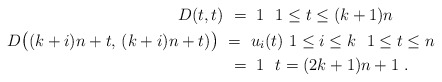
\begin{align*}D(t,t) &\ =\ 1 \ \ 1\leq t \leq (k+1)n \\D\big((k+i)n+t,\, (k+i)n+t)\big)\ & =\ u_i(t)\ 1\leq i \leq k \ \ 1\leq t \leq n \\ &\ =\ 1 \ \ t=(2k+1)n +1 \ .\end{align*}